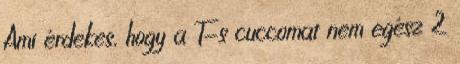
Ami érdekes, hogy a T-s cuccomat nem egész 2